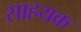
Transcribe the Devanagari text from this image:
साहयक